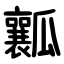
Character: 瓤